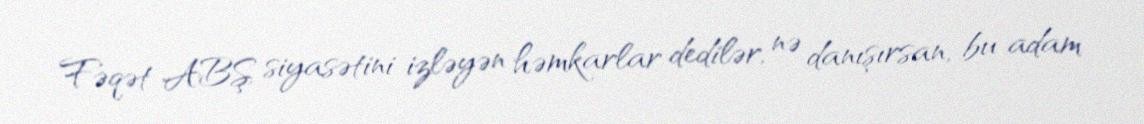
Fəqət ABŞ siyasətini izləyən həmkarlar dedilər, nə danışırsan, bu adam